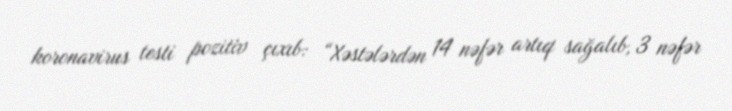
koronavirus testi pozitiv çıxıb: “Xəstələrdən 14 nəfər artıq sağalıb, 3 nəfər